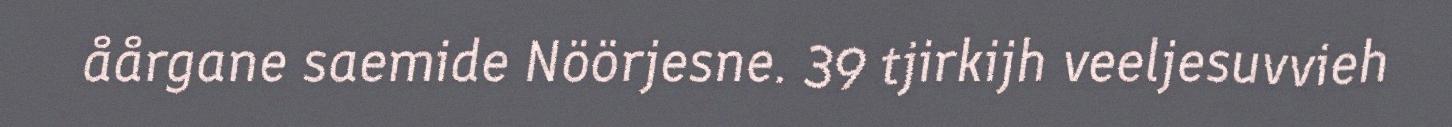
åårgane saemide Nöörjesne. 39 tjirkijh veeljesuvvieh